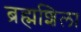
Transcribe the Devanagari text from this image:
ब्रह्मशिला